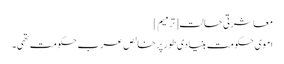
معاشرتی حالت[ترمیم]
اموی حکومت بنیادی طور پر خالص عرب حکومت تھی۔